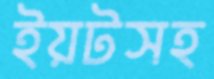
ইয়টসহ